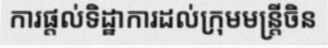
ការផ្តល់ទិដ្ឋាការដល់ក្រុមមន្ត្រីចិន